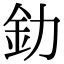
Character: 釛